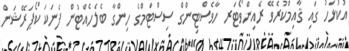
އުކުޅަހު ގައި ޤާއިމްކުރެވޭ ރެއިންވޯޓަރ ހާވެސްޓިންގް ސިސްޓަމްގެ ހިންގާ ބެލެހެއްޓުން ފެނަކަ ކޯޕަރޭޝަން